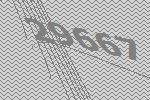
29667